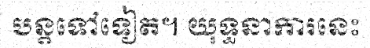
បន្តទៅទៀត។ យុទ្ធនាការនេះ